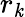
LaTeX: r_{\mathit{k}}